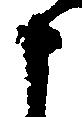
申